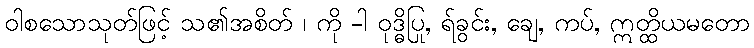
ဝါစသောသုတ်ဖြင့် သ၏အစိတ် ၊ ကို -ါ ဝုဒ္ဓိပြု, ရ်ခွင်း, ချေ, ကပ်, ဣတ္ထိယမတော